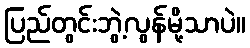
ပြည်တွင်းဘွဲ့လွန်မို့သာပဲ။